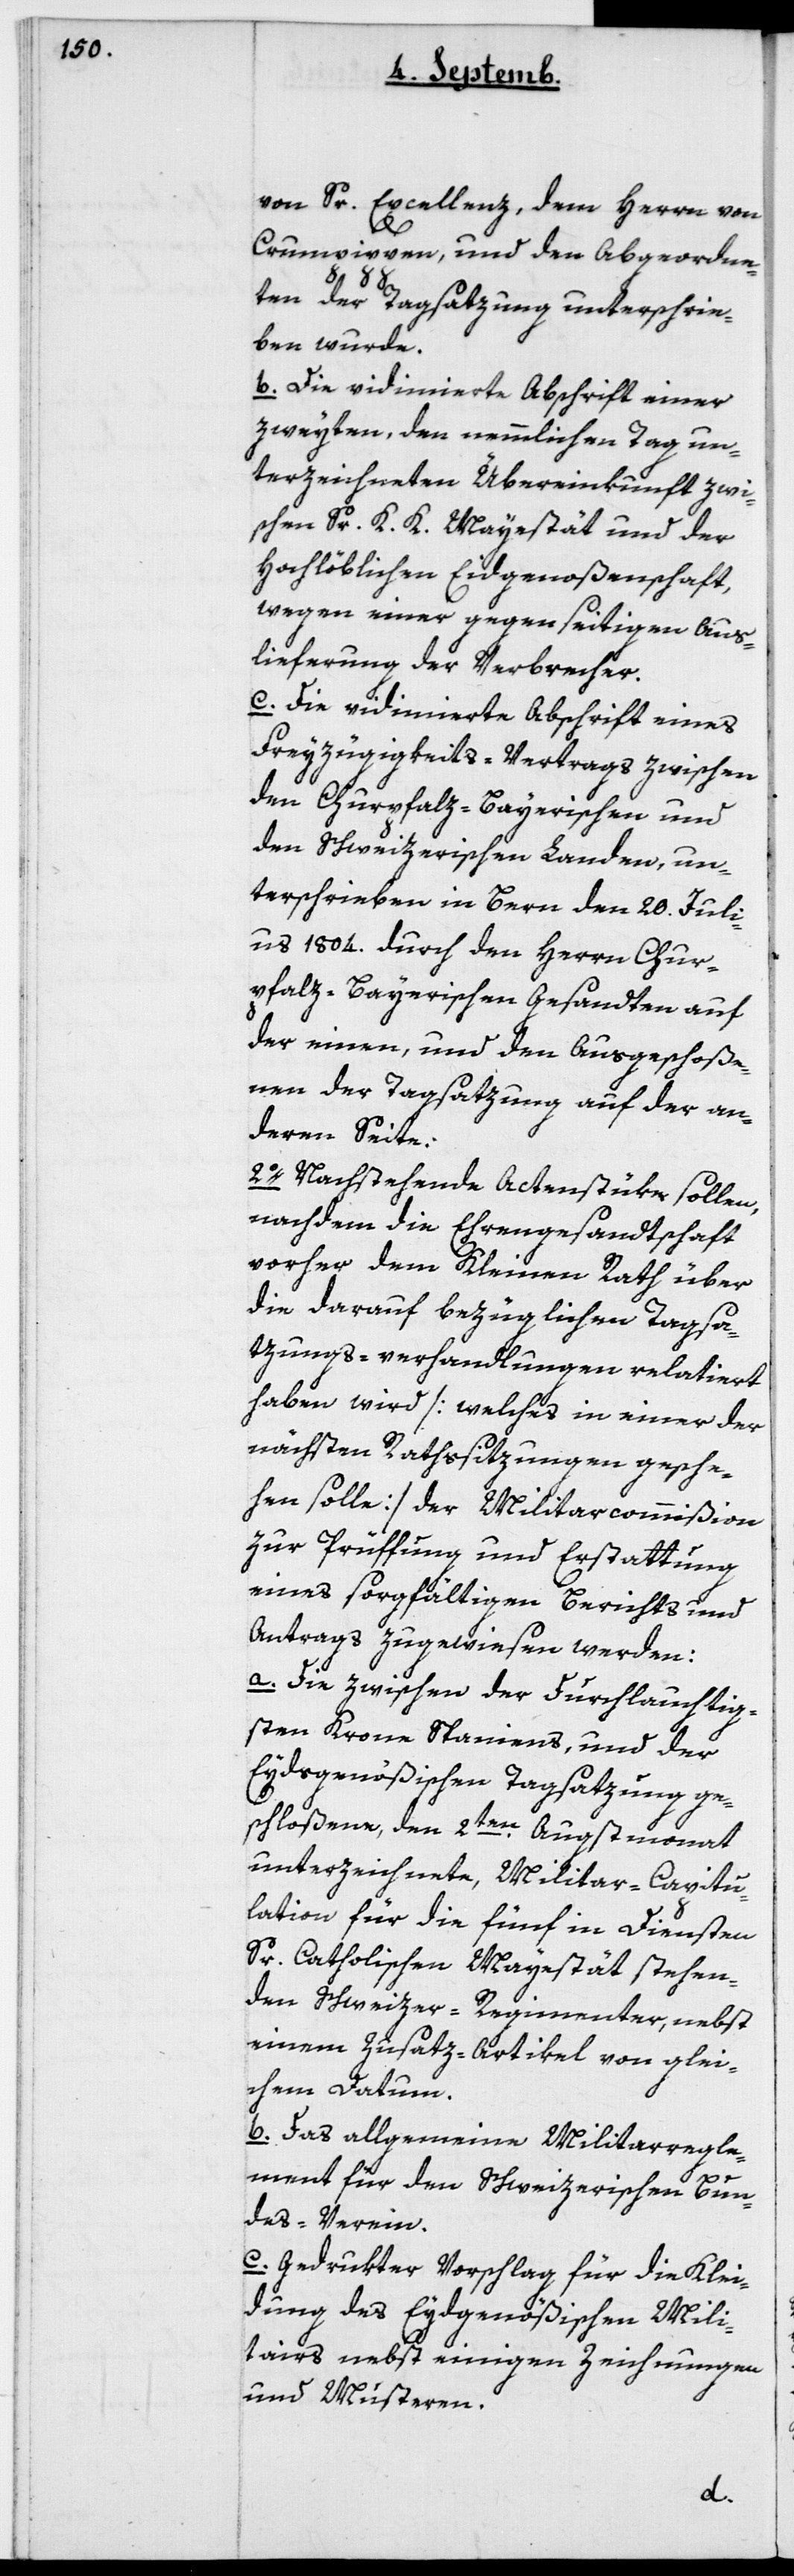
von Sr Excellenz, dem Herrn von
Crumpippen, und den Abgeordne¬
ten der Tagsatzung unterschrie¬
ben wurde.
b. Die vidimierte Abschrift einer
zweyten, den nämmlichen Tag un¬
terzeichneten Übereinkunft zwi¬
schen Sr K. K. Majestät und der
Hochlöblichen Eidgenoßenschaft,
wegen einer gegenseitigen Aus¬
lieferung der Verbrecher.
c. Die vidimierte Abschrift eines
Freyzügigkeits-Vertrags zwischen
den Churpfalz-Bayerischen und
den Schweitzerischen Landen, un¬
terschrieben in Bern den 20ten Juli¬
us 1804 durch den Herrn Chur¬
pfalz-Bayerischen Gesandten auf
der einen, und den Ausgeschoße¬
nen der Tagsatzung auf der an¬
dern Seite.
2o. Nachstehende Actenstüke sollen,
nachdem die Ehrengesandtschaft
vorher dem Kleinen Rath über
die darauf bezüglichen Tagsa¬
tzungs-verhandlungen relatiert
haben wird [welches in einer der
nächsten Rathssitzungen gesche¬
hen solle] der Militarcommißion
zur Prüffung und Erstattung
eines sorgfältigen Berichts und
Antrags zugewiesen werden:
a. Die zwischen der durchlauchtig¬
sten Krone Spaniens und der
Eydsgenößischen Tagsatzung ge¬
schloßene, den 2ten Augstmonat
unterzeichnete, Militar-Capitu¬
lation für die fünf in Diensten
Sr Catholischen Majestät stehen¬
den Schweitzer-Regimenter, nebst
einem Zusatz-Artikel von glei¬
chem Datum.
b. Das allgemeine Militarregle¬
ment für den Schweizerischen Bun¬
des-Verein.
c. Gedrukter Vorschlag für die Klei¬
dung des Eydgenößischen Mili¬
tairs nebst einigen Zeichnungen
und Mustern.